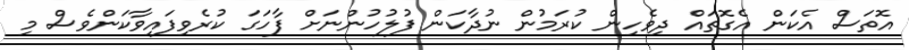
އޮތަސް އެކަން އެގޮތައް ދިވެހިން ކުރަމުން ނުދާކަން ފުލުހުންނަށް ފާހަގަ ކުރެވިފައިވާކަންވެސް މި